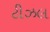
ટીઝલ